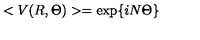
< V ( R , \Theta ) > = \exp \{ i N \Theta \}